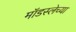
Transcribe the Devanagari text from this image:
मॉडस्लेच्या